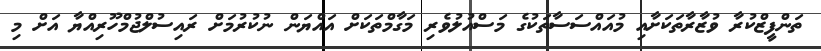
ތަންފީޒްކުރާ ވުޒާރާތަކަށާއި މުއައްސަސާތަކުގެ މަސްއުލުވެރި މަގާމްތަކަށް އައްޔަން ނުކުރުމަށް ރައިސުލްޖުމްހޫރިއްޔާ އަށް މި